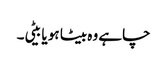
چاہے وہ بیٹا ہو یا بیٹی۔